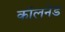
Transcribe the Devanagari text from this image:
कॉलनेड